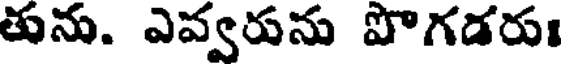
తును. ఎవ్వరును పొగడరుః